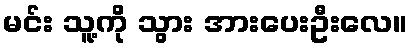
မင်း သူ့ကို သွား အားပေးဦးလေ။